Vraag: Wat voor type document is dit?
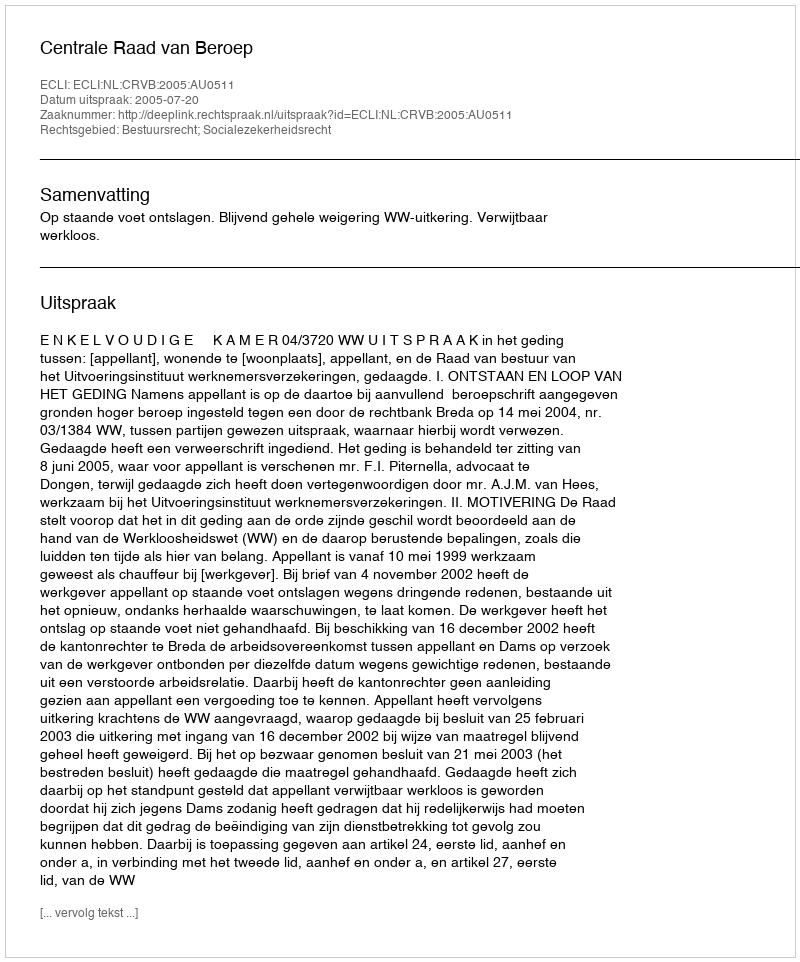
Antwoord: Uitspraak